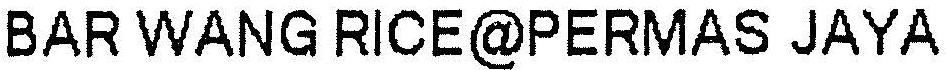
BAR WANG RICE@PERMAS JAYA